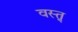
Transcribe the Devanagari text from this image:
वस्त्र्